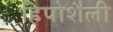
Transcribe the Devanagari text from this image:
हिपोशैली